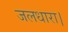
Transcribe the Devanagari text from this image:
जलधारा।